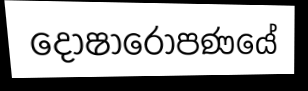
දෝෂාරෝපණයේ